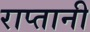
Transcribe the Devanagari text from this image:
राप्तानी